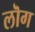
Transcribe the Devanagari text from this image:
लॊग